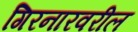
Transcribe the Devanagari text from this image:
गिरनारवरील